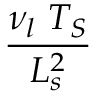
\frac { \nu _ { l } ~ T _ { S } } { L _ { s } ^ { 2 } }